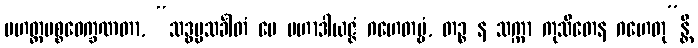
မဟတ္တပစ္စဝေက္ခဏတာ, “သဒ္ဓမ္မသင်္ခါတံ မေ မဟာဒါယဇ္ဇံ ဂဟေတဗ္ဗံ, တဉ္စ န သက္ကာ ကုသီတေန ဂဟေတု”န္တိ